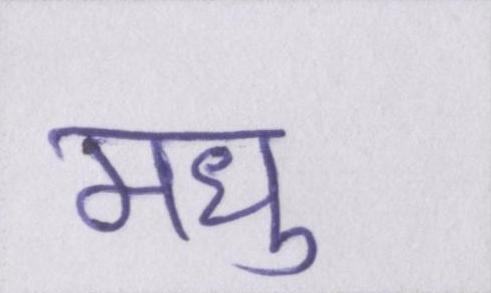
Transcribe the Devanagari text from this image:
मधु